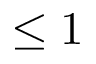
\leq 1